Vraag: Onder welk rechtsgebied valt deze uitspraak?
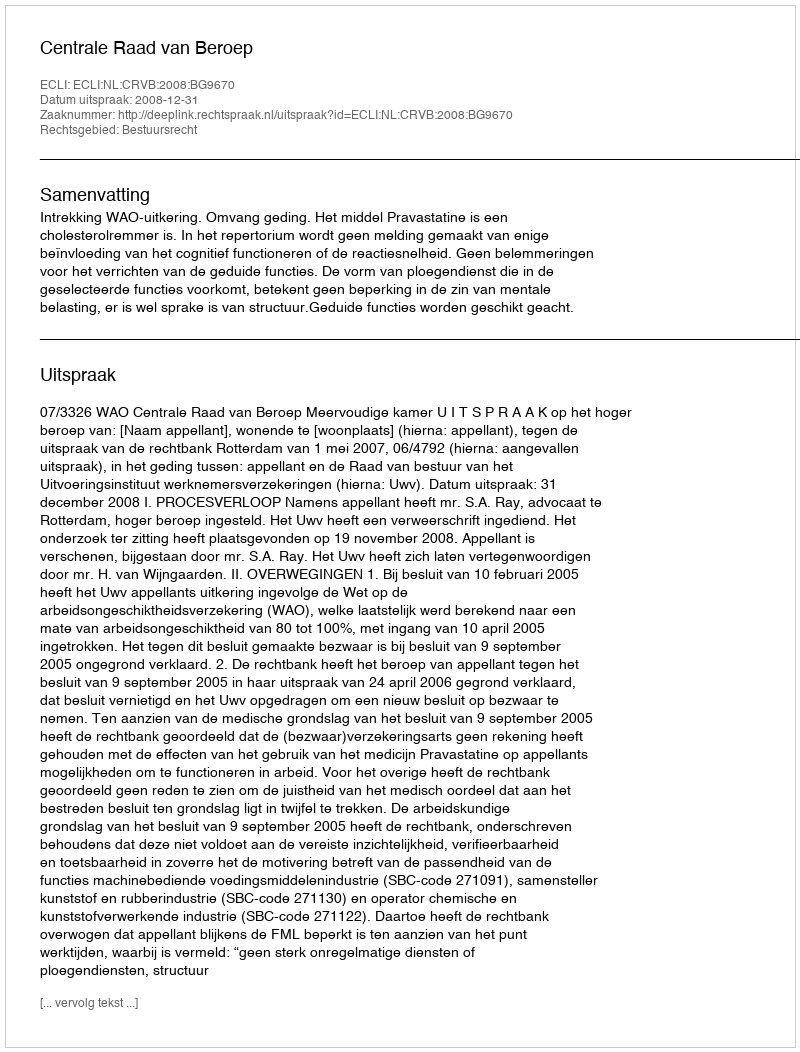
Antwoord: Bestuursrecht